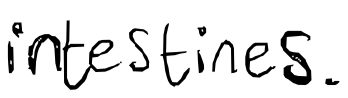
Text: intestines.
Cross-out: clean
Writing tool: digital_black